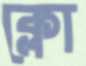
ক্লো